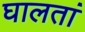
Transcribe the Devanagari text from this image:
घालतां